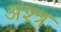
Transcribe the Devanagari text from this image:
अश्त्र